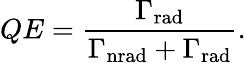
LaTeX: QE={\frac{\Gamma_{\mathrm{rad}}}{\Gamma_{\mathrm{nrad}}+\Gamma_{\mathrm{rad}}}}.